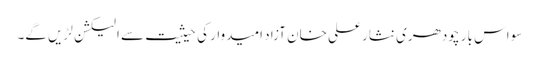
سواس بار چودھری نثار علی خان آزاد امیدوار کی حیثیت سے الیکشن لڑیں گے۔